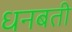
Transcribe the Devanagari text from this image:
धनबती